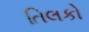
તિલકો